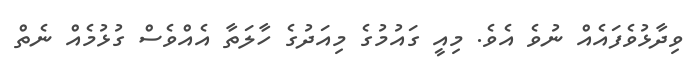
ވިދާޅުވެފައެއް ނުވެ އެވެ. މިއީ ގައުމުގެ މިއަދުގެ ހާލަތާ އެއްވެސް ގުޅުމެއް ނެތް